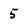
Character: 5